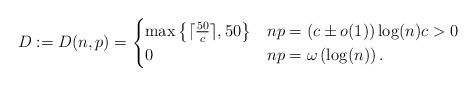
LaTeX: \begin{align*}D:=D(n,p) =\begin{cases}\max\left\{\lceil\frac{50}{c} \rceil, 50\right\} &np = (c\pm o(1)) \log (n) c>0\\0 &np = \omega \left(\log (n) \right).\end{cases} \end{align*}